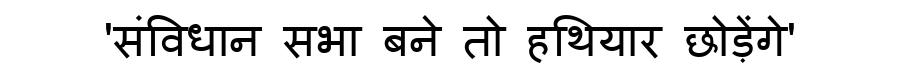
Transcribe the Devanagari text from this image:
'संविधान सभा बने तो हथियार छोड़ेंगे'